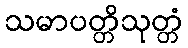
သမာပတ္တိသုတ္တံ